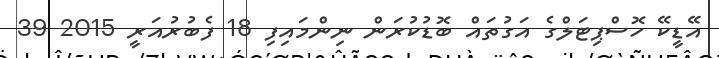
އޭޑީކޭ ހޮސްޕިޓަލްގެ އަގުތައް ބޮޑުކުރަން ނިންމައިފި 18 ފެބުރުއަރީ 2015 39